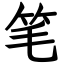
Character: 笔